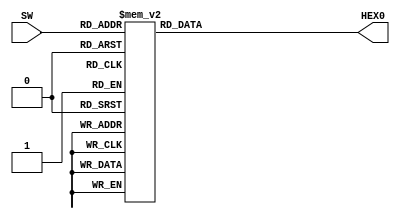
/*
Projeto: decodificador comportamental
Nome: Pedro Augusto, Tulio Horta
Data: 17/11/2022
*/

module decodBCD(SW,HEX0);

	input [3:0]SW;
	output reg [0:6]HEX0; // tem que ser reg

	always@(*)
	begin
	
		case(SW)						//  abcdefg 
			4'b0000 : HEX0[0:6] = 7'b0000001; // 0
			4'b0001 : HEX0[0:6] = 7'b1001111; // 1
			4'b0010 : HEX0[0:6] = 7'b0010010; // 2
			4'b0011 : HEX0[0:6] = 7'b0000110; // 3
			4'b0100 : HEX0[0:6] = 7'b1001100; // 4
			4'b0101 : HEX0[0:6] = 7'b0100100; // 5
			4'b0110 : HEX0[0:6] = 7'b0100000; // 6
			4'b0111 : HEX0[0:6] = 7'b0001111; // 7
			4'b1000 : HEX0[0:6] = 7'b0000000; // 8
			4'b1001 : HEX0[0:6] = 7'b0000100; // 9
			default : HEX0[0:6] = 7'b1111111; // 10+
		endcase
		
	end

endmodule